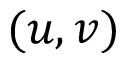
( u , v )